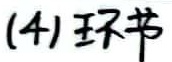
(4) 环书